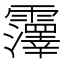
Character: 𫕵